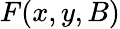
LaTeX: F(x,y,B)